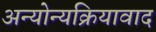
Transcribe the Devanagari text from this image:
अन्योन्यक्रियावाद